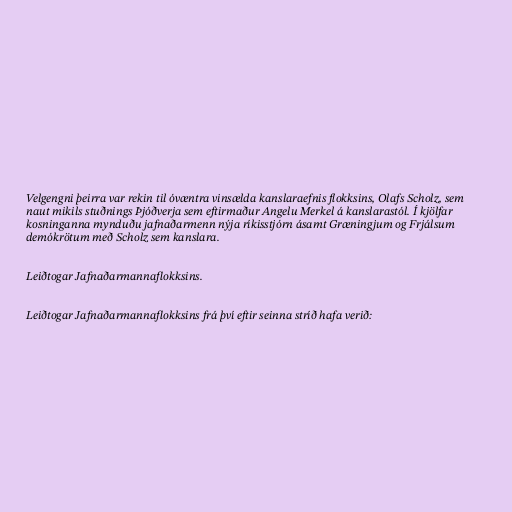
Velgengni þeirra var rekin til óvæntra vinsælda kanslaraefnis flokksins, Olafs Scholz, sem
naut mikils stuðnings Þjóðverja sem eftirmaður Angelu Merkel á kanslarastól. Í kjölfar
kosninganna mynduðu jafnaðarmenn nýja ríkisstjórn ásamt Græningjum og Frjálsum
demókrötum með Scholz sem kanslara.

Leiðtogar Jafnaðarmannaflokksins.

Leiðtogar Jafnaðarmannaflokksins frá því eftir seinna stríð hafa verið: